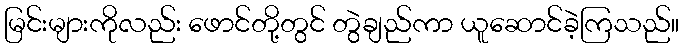
မြင်းများကိုလည်း ဖောင်တို့တွင် တွဲချည်ကာ ယူဆောင်ခဲ့ကြသည်။